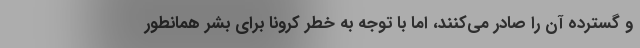
و گسترده آن را صادر می‌کنند، اما با توجه به خطر کرونا برای بشر همانطور